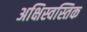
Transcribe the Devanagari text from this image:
अक्षिस्वस्तिक